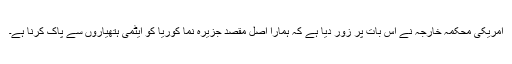
امریکی محکمہ خارجہ نے اس بات پر زور دیا ہے کہ ہمارا اصل مقصد جزیرہ نما کوریا کو ایٹمی ہتھیاروں سے پاک کرنا ہے۔